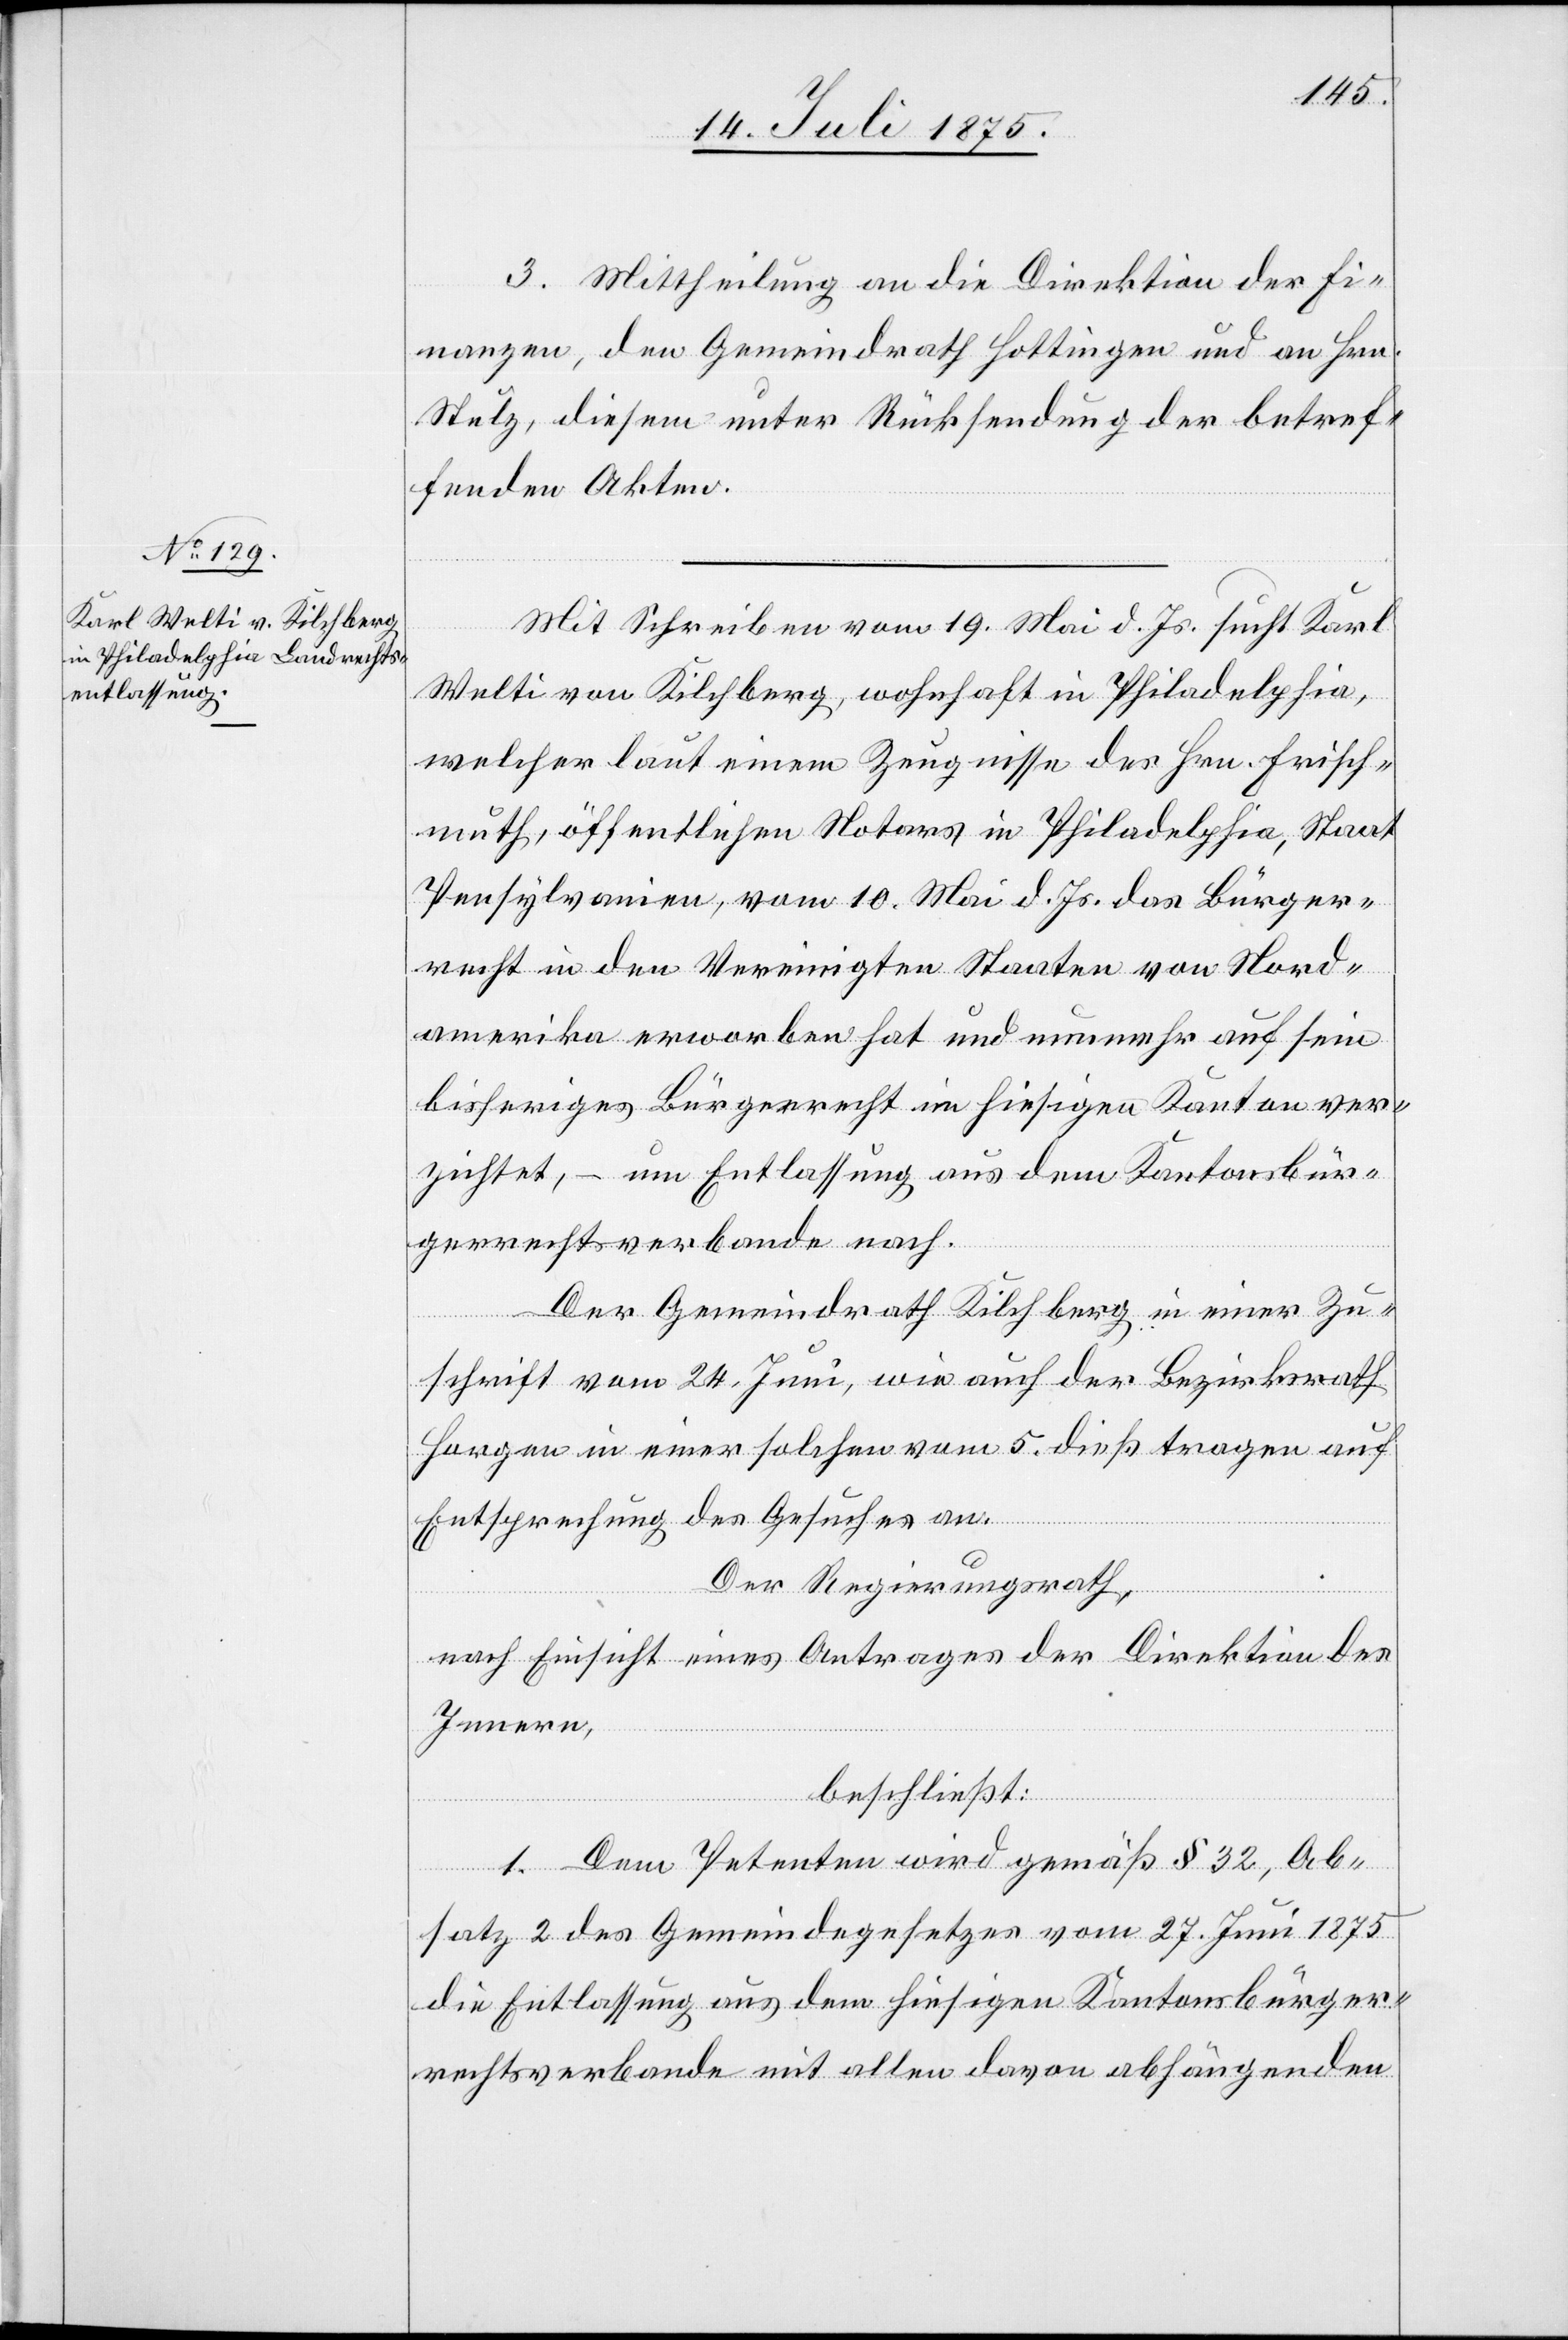
3. Mittheilung an die Direktion der Fi¬
nanzen, den Gemeindrath Hottingen und an Hrn.
Stulz, diesem unter Rücksendung der betref¬
fenden Akten.
Mit Schreiben vom 19. Mai d. Js. sucht Karl
Welti von Kilchberg, wohnhaft in Philadelphia,
welcher laut einem Zeugnisse des Hrn. Frisch¬
muth, öffentlichen Notars in Philadelphia, Staat
Pensylvanien, vom 10. Mai d. Js. das Bürger¬
recht in den Vereinigten Staaten von Nord¬
amerika erworben hat und nunmehr auf sein
bisheriges Bürgerecht im hiesigen Kanton ver¬
zichtet, – um Entlassung aus dem Kantonsbür¬
gerrechtsverbande nach.
Der Gemeindrath Kilchberg in einer Zu¬
schrift vom 24. Juni, wie auch der Bezirksrath
Horgen in einer solchen vom 5. dieß tragen auf
Entsprechung des Gesuches an.
Der Regierungsrath,
nach Einsicht eines Antrages der Direktion des
Innern,
beschließt:
1. Dem Petenten wird gemäß § 32, Ab¬
satz 2 des Gemeindegesetzes vom 27. Juni 1875
die Entlassung aus dem hiesigen Kantonsbürger¬
rechtsverbande mit allen davon abhängenden